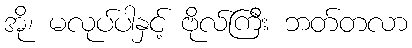
အို၊ မလုပ်ပါနှင့် ဗိုလ်ကြီး ဘတ်တလာ